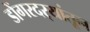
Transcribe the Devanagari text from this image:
डोंगरदर्‍यांतून